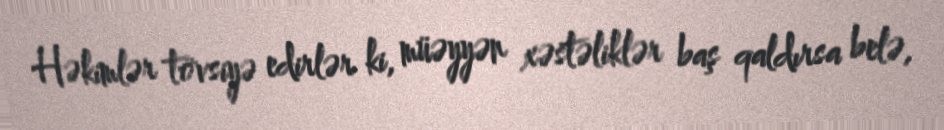
Həkimlər tövsiyə edirlər ki, müəyyən xəstəliklər baş qaldırsa belə,